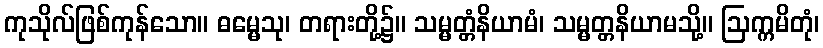
ကုသိုလ်ဖြစ်ကုန်သော။ ဓမ္မေသု၊ တရားတို့၌။ သမ္မတ္တံနိယာမံ၊ သမ္မတ္တနိယာမသို့။ ဩက္ကမိတုံ၊